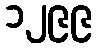
၁၂၉၉